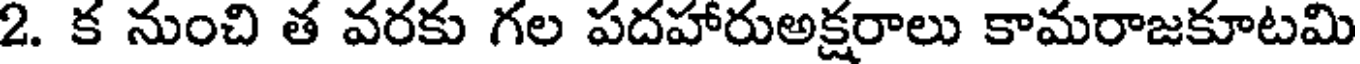
2. క నుంచి త వరకు గల పదహారుఅక్షరాలు కామరాజకూటమి